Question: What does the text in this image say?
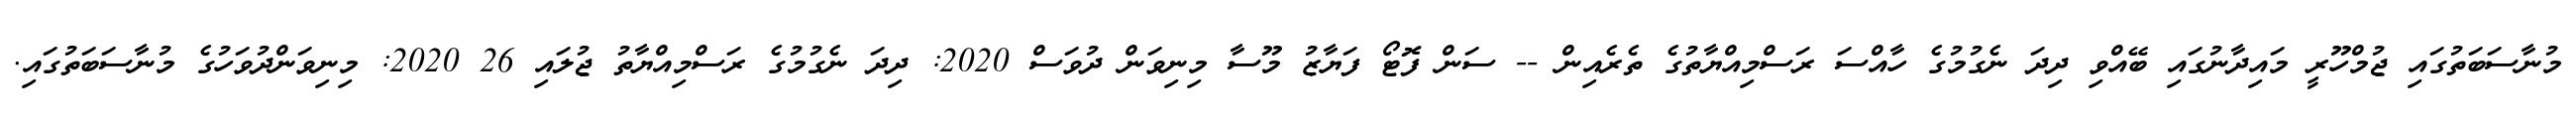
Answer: މުނާސަބަތުގައި ޖުމްހޫރީ މައިދާނުގައި ބޭއްވި ދިދަ ނެގުމުގެ ހާއްސަ ރަސްމިއްޔާތުގެ ތެރެއިން -- ސަން ފޮޓޯ ފަޔާޒު މޫސާ މިނިވަން ދުވަސް 2020: ދިދަ ނެގުމުގެ ރަސްމިއްޔާތު ޖުލައި 26 2020: މިނިވަންދުވަހުގެ މުނާސަބަތުގައި.